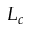
L _ { c }